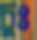
চুঃ